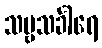
သဗ္ဗသင်္ခါရေ